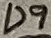
Text: D9